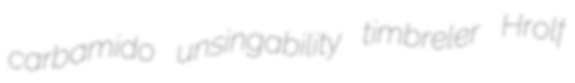
carbamido unsingability timbreler Hrolf